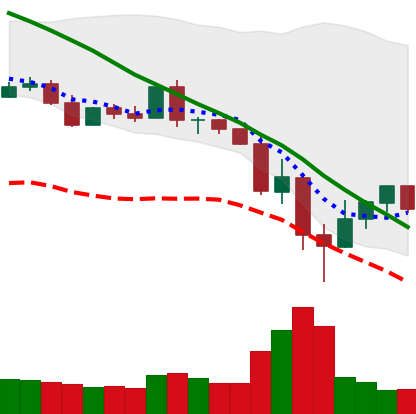
Ticker: XLM-USD
Chart end date: 2022-05-16
Forward return: -3.79%
Label: down_3_5